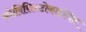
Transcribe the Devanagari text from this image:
कोलिसिस्टोकाइनिन